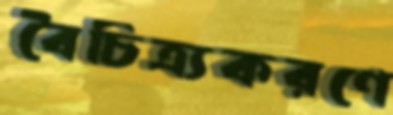
বৈচিত্র্যকরণে